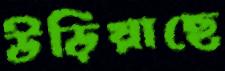
উড়িয়াছে